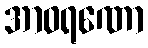
အာဝရဏော